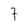
Character: 7